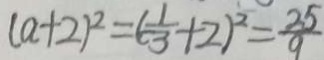
( a + 2 ) ^ { 2 } = ( \frac { 1 } { 3 } + 2 ) ^ { 2 } = \frac { 2 5 } { 9 }